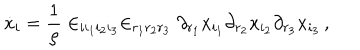
\dot { x } _ { i } = \frac { 1 } { \rho } \in _ { i i _ { 1 } i _ { 2 } i _ { 3 } } \in _ { r _ { 1 } r _ { 2 } r _ { 3 } } \partial _ { r _ { 1 } } x _ { i _ { 1 } } \partial _ { r _ { 2 } } x _ { i _ { 2 } } \partial _ { r _ { 3 } } x _ { i _ { 3 } } \, ,